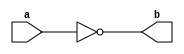
module not_gate(
    input wire a,
    output reg b
);

always @ (a) begin
    b = ~a;
end

endmodule